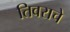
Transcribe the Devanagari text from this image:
तिवराचे